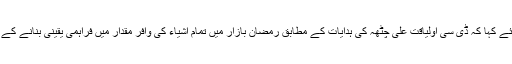
اسسٹنٹ کمشنر نے خطاب کرتے ہوئے کہا کہ ڈی سی اولیاقت علی چٹھہ کی ہدایات کے مطابق رمضان بازار میں تمام اشیاء کی وافر مقدار میں فراہمی یقینی بنانے کے لئے ٹھوس اقدامات کئے جائیں گے۔